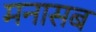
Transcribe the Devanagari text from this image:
मनासब